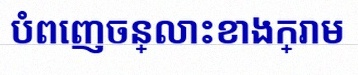
បំពេញចន្លោះខាងក្រោម